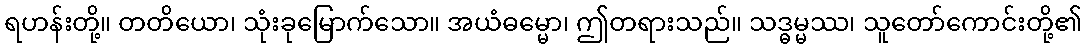
ရဟန်းတို့။ တတိယော၊ သုံးခုမြောက်သော။ အယံဓမ္မော၊ ဤတရားသည်။ သဒ္ဓမ္မဿ၊ သူတော်ကောင်းတို့၏